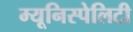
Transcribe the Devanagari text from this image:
म्यूनिस्पेलिटी